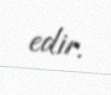
edir.